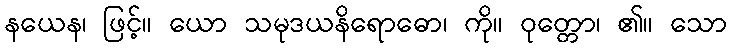
နယေန၊ ဖြင့်။ ယော သမုဒယနိရောဓော၊ ကို။ ဝုတ္တော၊ ၏။ သော